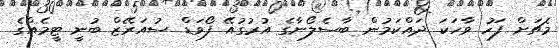
މެޗަށް ފަހު ވާހަކަ ދައްކަމުން ބާސެލޯނާގެ އުރުގުއޭ ފޯވަޑް ސުއަރޭޒް ބުނީ ޓީމެއްގެ